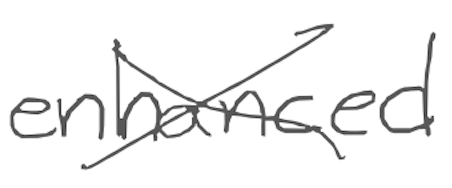
Text: enhanced
Cross-out: cross
Writing tool: digital_gray